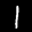
Label: 1